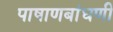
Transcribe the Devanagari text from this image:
पाषाणबांधणी